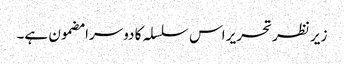
زیر نظر تحریر اس سلسلہ کا دوسرا مضمون ہے۔